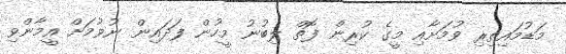
މަޑުމައިތިރި ވުމަށާއި މީގެ ކުރިން ފޮތް ލިބުނު މީހުން ފަދައިން ނުވުމަށް އީމާންވި